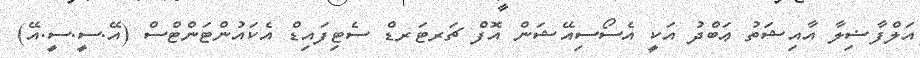
އަލްފާޟިލާ އާއިޝަތު ޢަބްދު އަކީ އެސޯސިއޭޝަން އޮފް ޗަރޓަރޑް ސެޓިފައިޑް އެކައުންޓަންޓްސް (އޭ.ސީ.ސީ.އޭ)